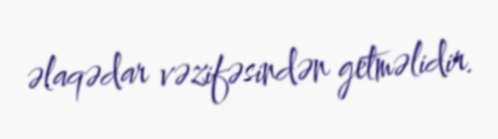
əlaqədar vəzifəsindən getməlidir.